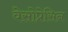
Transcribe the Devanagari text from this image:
वेसोप्रेसिन